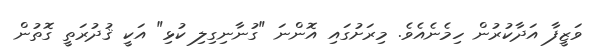
ވަޒީފާ އަދާކުރުން ހިމެނެއެވެ. މިރަށުގައި އޮންނަ "ގުނާނިގިލި ކުޅި" އަކީ ޤުދުރަތީ ގޮތުން